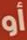
أو